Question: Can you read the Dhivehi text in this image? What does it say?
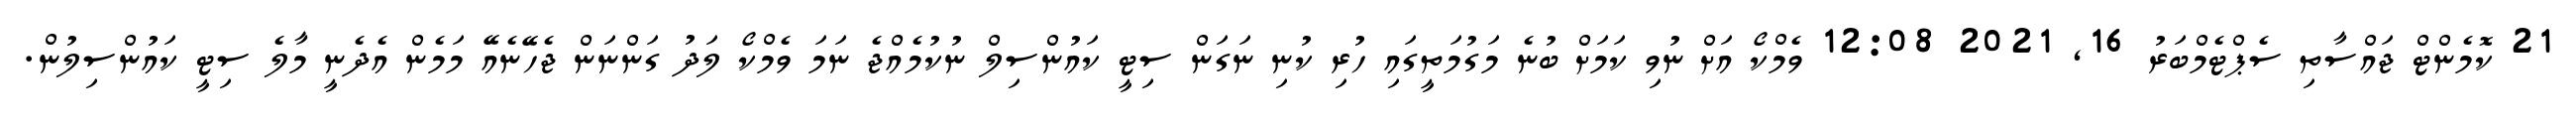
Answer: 21 ކޮމެންޓް ޖައްސާތި ސެޕްޓެމްބަރު 16, 2021 12:08 ވެމްކޯ އަށް ނުވި ކަމަށް ބުނެ މަގުމަތީގައި ހުރި ކުނި ނަގަން ސިޓީ ކައުންސިލް ނުކުމެއްޖެ ނަމަ ވެމްކޯ ލަދު ގަންނަން ޖެހޭނެއޭ މަމެން އެދެނީ މާލެ ސިޓީ ކައުންސިލުން.